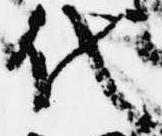
代